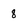
Character: 8